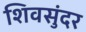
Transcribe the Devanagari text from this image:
शिवसुंदर